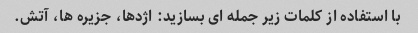
با استفاده از کلمات زیر جمله ای بسازید: اژدها، جزیره ها، آتش.